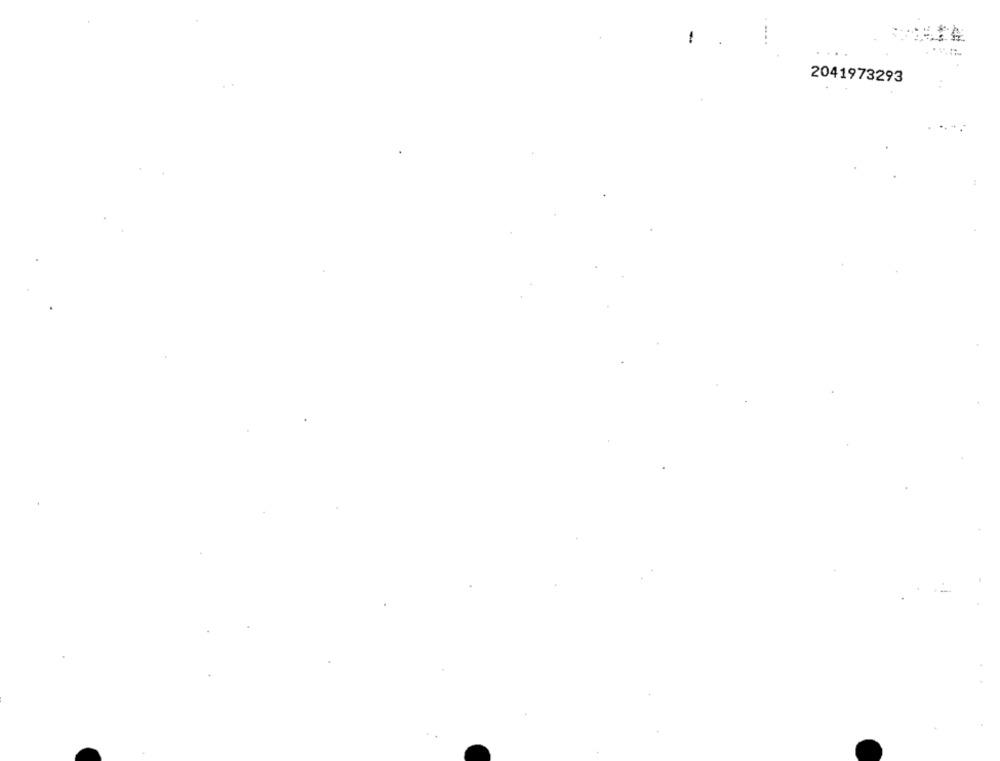
-...
2041973293